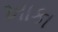
ખાકા